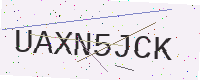
Text: UAXN5JCK